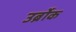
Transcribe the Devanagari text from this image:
उर्ब्रोक